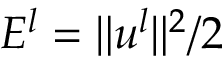
E ^ { l } = \| u ^ { l } \| ^ { 2 } / 2